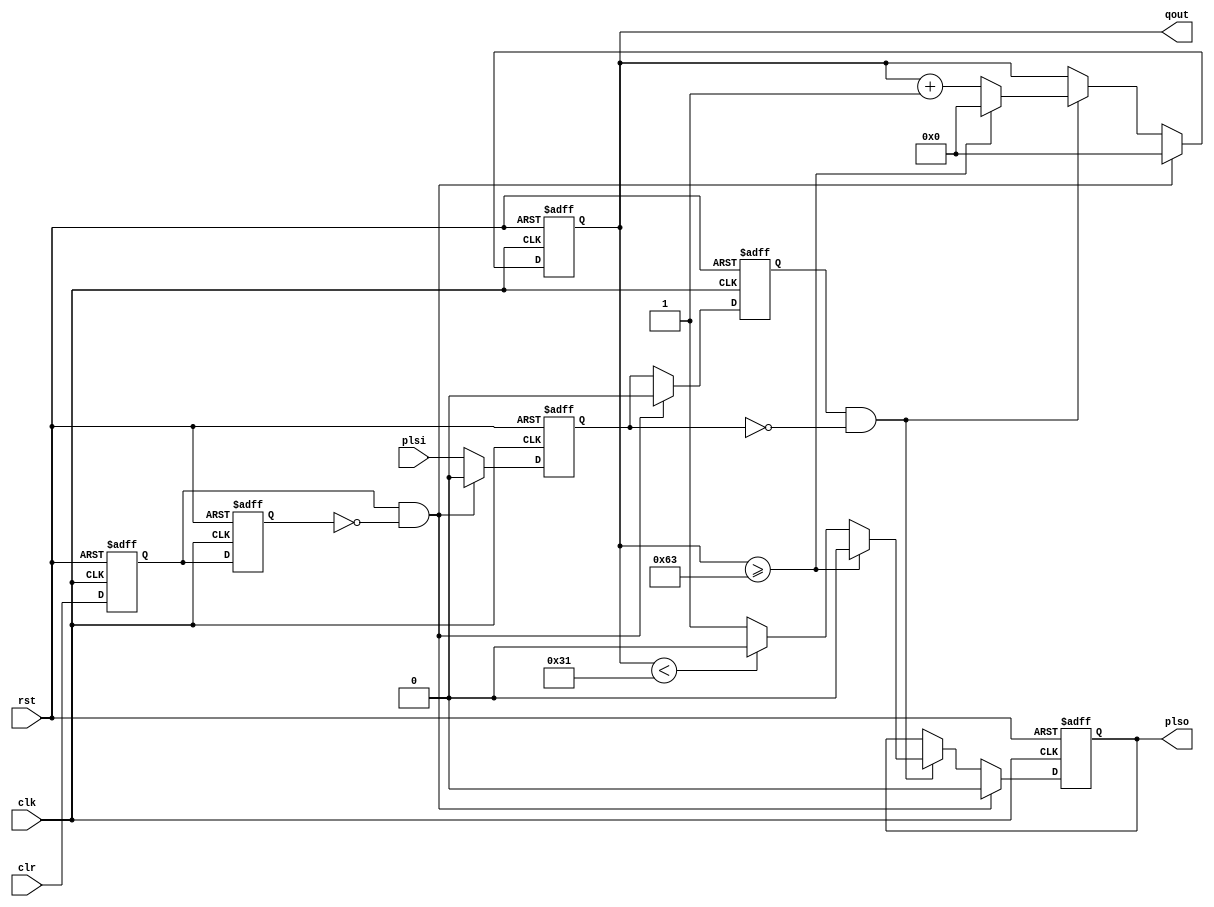
module pls_cnt_100(
    input rst,clk,
    input clr,plsi,
    output reg plso,
    output reg [6:0] qout
    );
    
reg cl0,cl1;
reg pl0,pl1;

always@(negedge rst, posedge clk)
begin
    if (rst == 0)
        begin
            cl0 <= 0;  cl1 <= 0;  pl0 <= 0;   pl1 <= 0;  
            plso <= 0;
            qout <= 0;       
        end
    else 
        begin
            cl0 <= clr;   cl1 <= cl0;
            pl0 <= plsi;  pl1 <= pl0;
            if (cl0 & ~cl1)         // Rising Edge of CLR
                begin
                    qout <= 0;  plso <= 0;
                    pl0 <= 0; pl1 <= 0; // Added this 07021047
                end
            else if (pl1 & ~pl0)    // Falling Edge of PLSI
                begin
                    if (qout >= 100-1)
                        begin
                            qout <= 0;
                            plso <= 0;
                        end
                    else
                        begin
                            qout <= qout + 1;
                            if (qout < 50-1)
                                plso <= 0;
                            else
                                plso <= 1;
                        end
                end
        end
end

endmodule